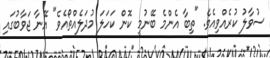
ސުވާލު ކުރެއްވިއެވެ. "ތިބާ އެންމެ ބޭނުމީ ކޮން ކަހަލަ މުދަލެއްތޯއެވެ" އޭނާ ޖަވާބުގައި